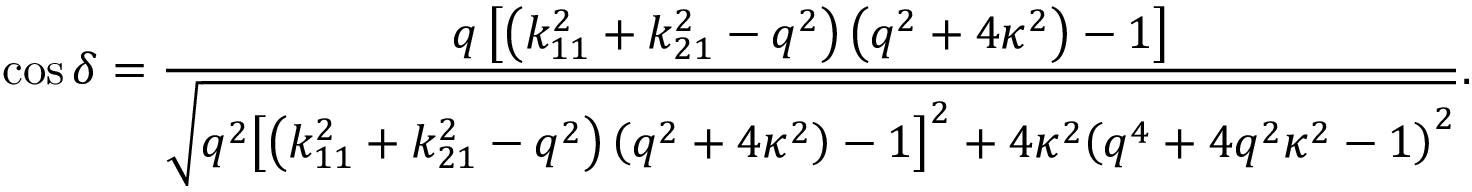
\cos \delta = \frac { { q \left[ { \left( { k _ { 1 1 } ^ { 2 } + k _ { 2 1 } ^ { 2 } - { q ^ { 2 } } } \right) \left( { { q ^ { 2 } } + 4 { \kappa ^ { 2 } } } \right) - 1 } \right] } } { { \sqrt { { q ^ { 2 } } { { \left[ { \left( { k _ { 1 1 } ^ { 2 } + k _ { 2 1 } ^ { 2 } - { q ^ { 2 } } } \right) \left( { { q ^ { 2 } } + 4 { \kappa ^ { 2 } } } \right) - 1 } \right] } ^ { 2 } } + 4 { \kappa ^ { 2 } } { { \left( { { q ^ { 4 } } + 4 { q ^ { 2 } } { \kappa ^ { 2 } } - 1 } \right) } ^ { 2 } } } } } .